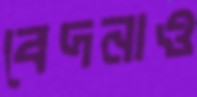
বেদনাও